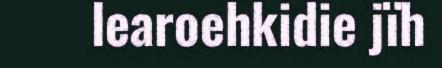
learoehkidie jïh